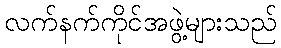
လက်နက်ကိုင်အဖွဲ့များသည်